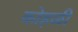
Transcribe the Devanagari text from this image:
कोहळी